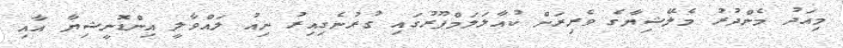
މިއަދު މެންދުރު މެލޭޝިޔާގެ ވެރިރަށް ކުއާލަލަމްޕޫރުގައި ގުރުނެގިއިރު ނިއު ލައްވާލީ އިންޑޮނީޝިޔާ އާއި